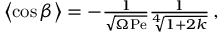
\begin{array} { r } { \left\langle \cos \beta \right\rangle = - \frac { 1 } { \sqrt { \Omega \mathrm { P e } } } \frac { 1 } { \sqrt [ 4 ] { 1 + 2 k } } \, , } \end{array}